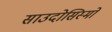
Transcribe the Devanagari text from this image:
साउदोसिस्मो